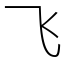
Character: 飞